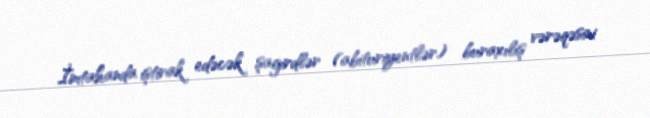
İmtahanda iştirak edəcək şagirdlər (abituriyentlər) buraxılış vərəqəsini